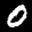
Label: 0